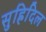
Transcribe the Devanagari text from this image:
सुह्रिदिल